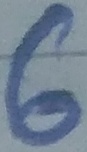
Text: 6